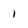
Character: I